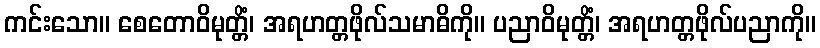
ကင်းသော။ စေတောဝိမုတ္တိံ၊ အရဟတ္တဖိုလ်သမာဓိကို။ ပညာဝိမုတ္တိံ၊ အရဟတ္တဖိုလ်ပညာကို။